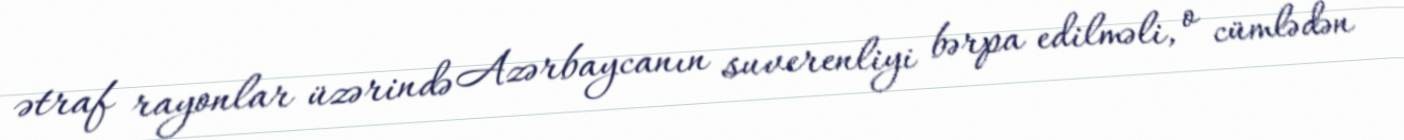
ətraf rayonlar üzərində Azərbaycanın suverenliyi bərpa edilməli, o cümlədən